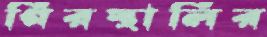
গিরস্থালির